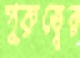
পুরুত্বের